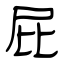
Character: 屁